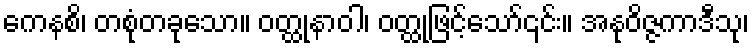
ကေနစိ၊ တစုံတခုသော။ ဝတ္ထုနာဝါ၊ ဝတ္ထုဖြင့်သော်၎င်း။ အနုဝိဇ္ဇကာဒီသု၊